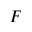
F